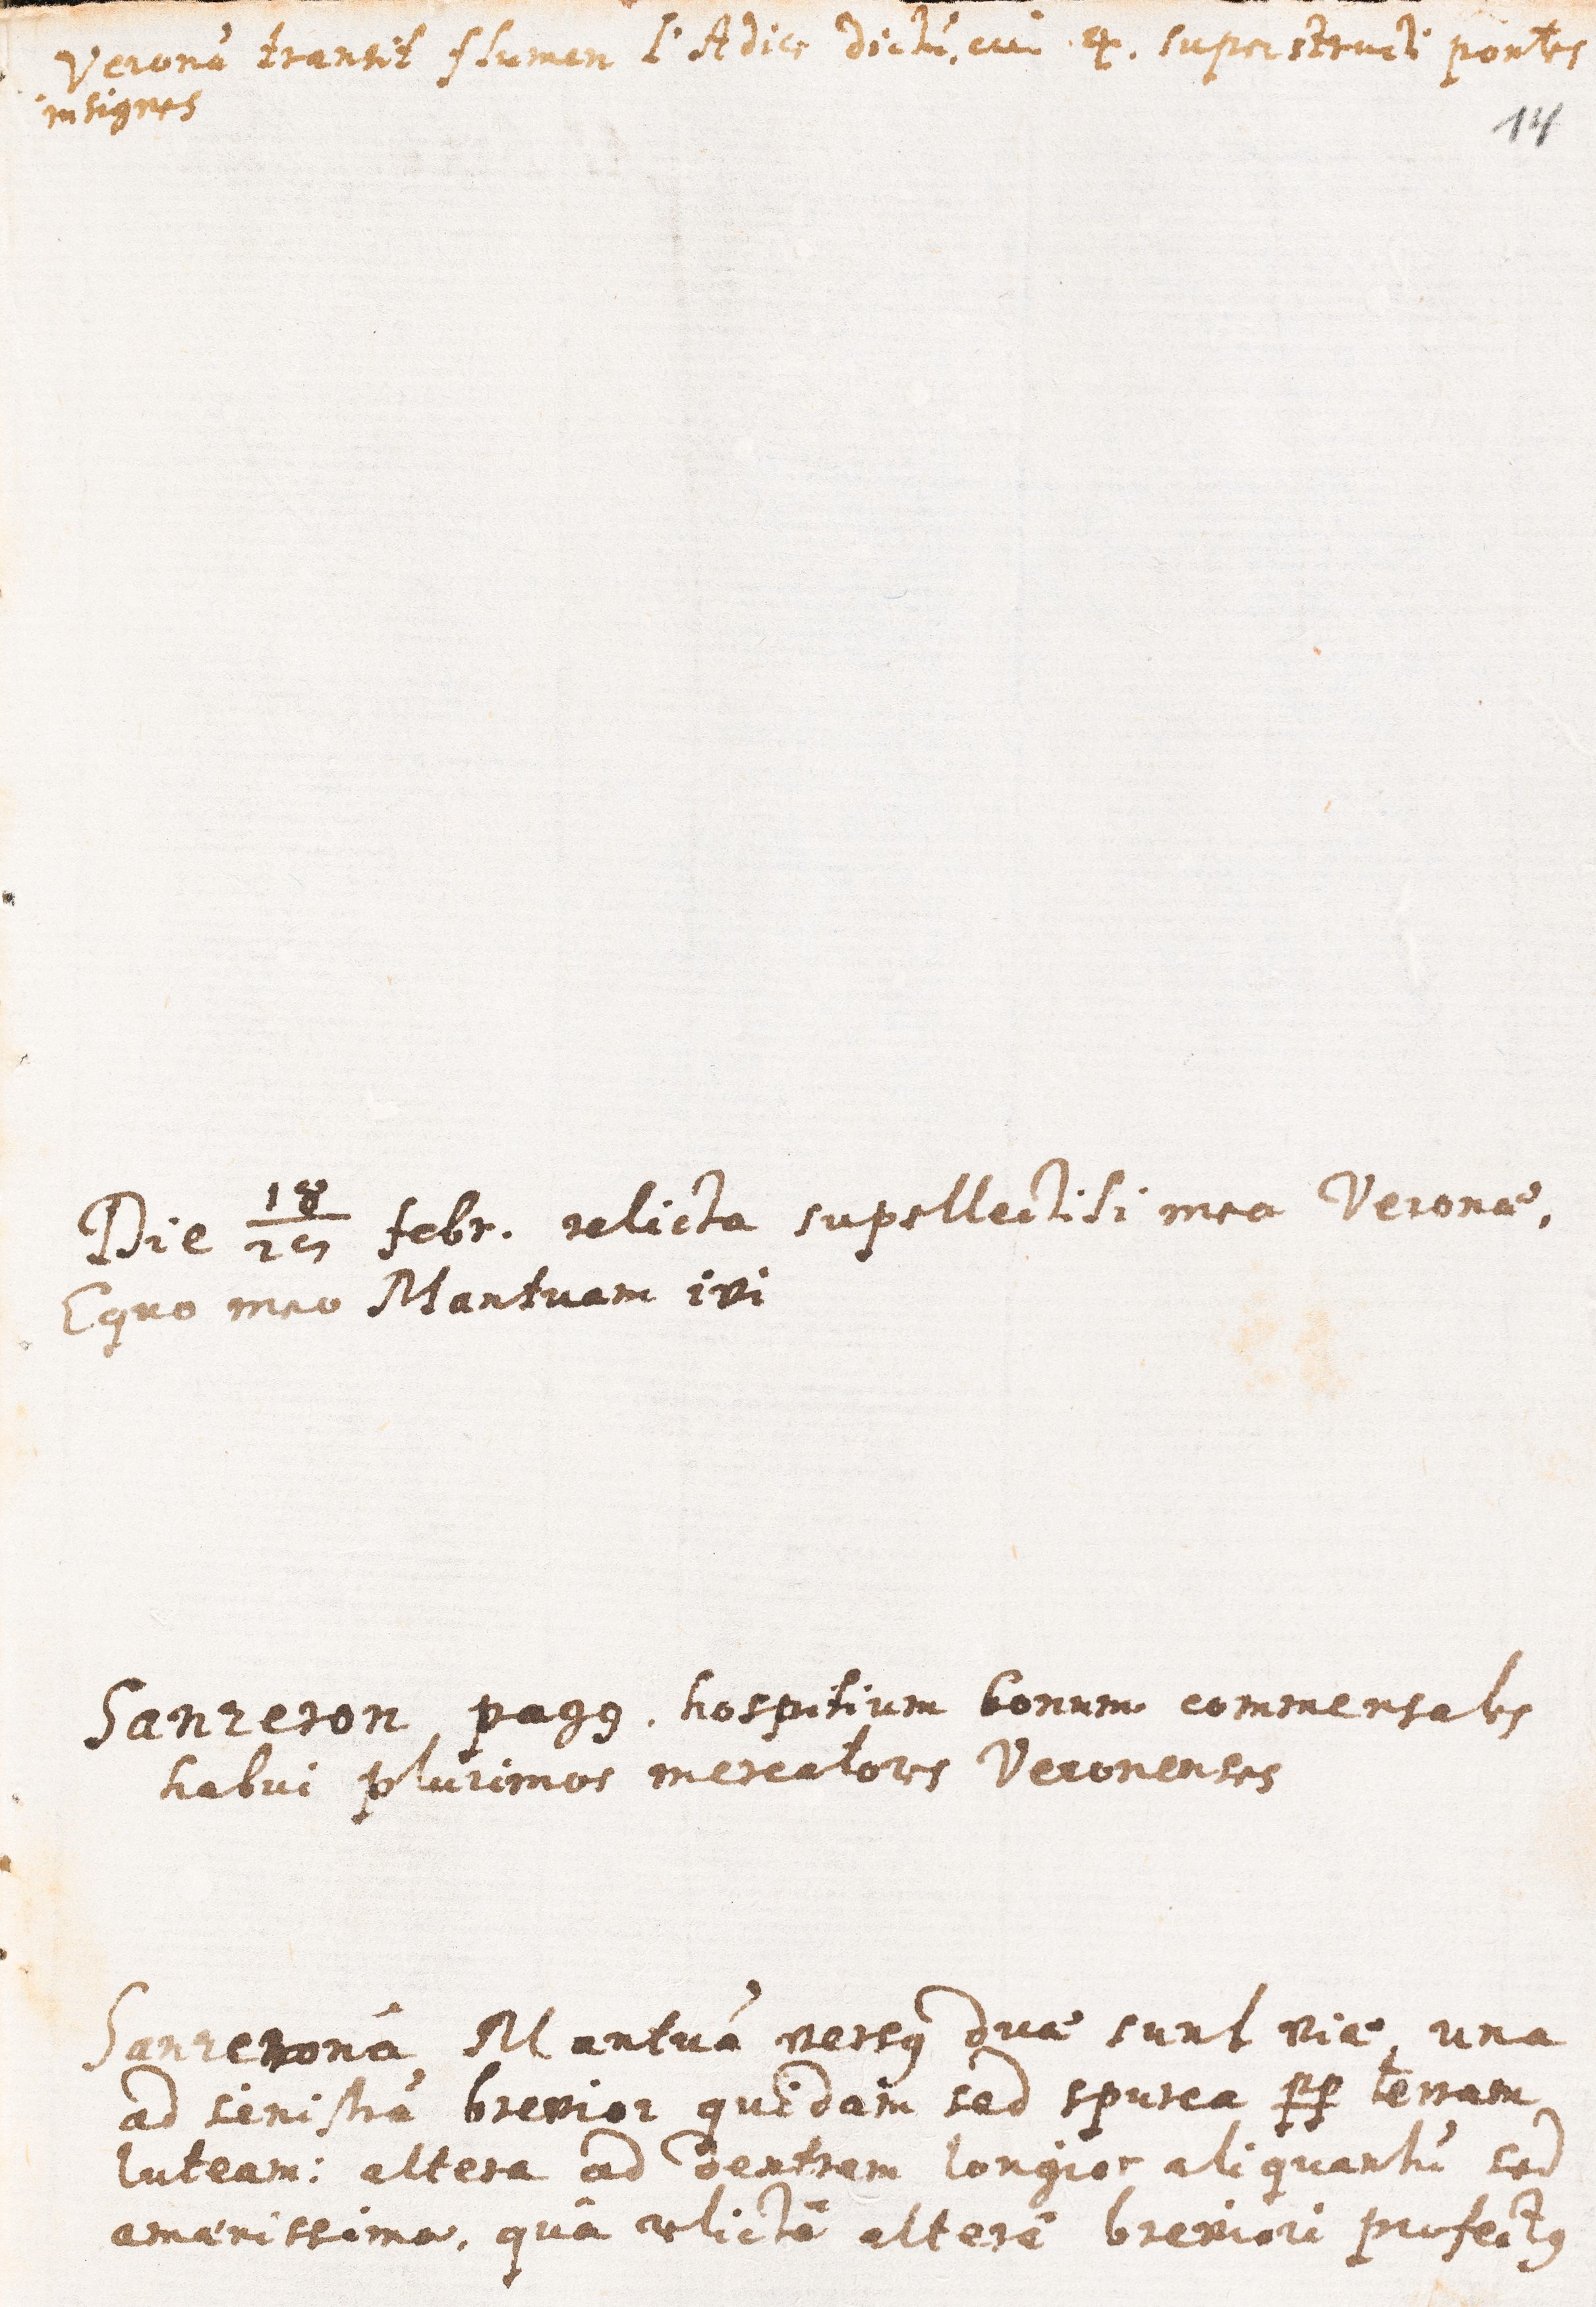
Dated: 1621–1621